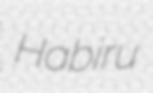
Habiru